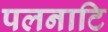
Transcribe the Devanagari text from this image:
पलनाटि